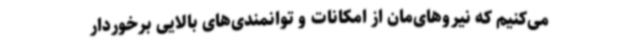
می‌کنیم که نیروهای‌مان از امکانات و توانمندی‌های بالایی برخوردار